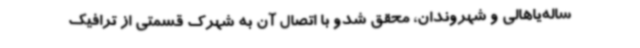
ساله‌یاهالی و شهروندان، محقق شدو با اتصال آن به شهرک قسمتی از ترافیک